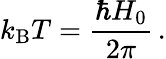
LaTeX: k_{\mathrm{B}}T=\frac{\hbar H_{0}}{2\pi}\, .